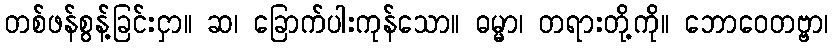
တစ်ဖန်စွန့်ခြင်းငှာ။ ဆ၊ ခြောက်ပါးကုန်သော။ ဓမ္မာ၊ တရားတို့ကို။ ဘောဝေတဗ္ဗာ၊